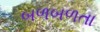
બળબળતા